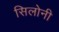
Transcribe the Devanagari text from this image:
सिलोनी